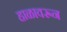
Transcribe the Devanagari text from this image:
हाळावरून